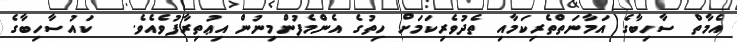
އެމާތް ސާހިބާގެ އަމާނަތްތެރިކަމާއި ތެދުވެރިކަމަށް ހިތުގެ އެންމެފުންމިނުން އިޢުތިރާފުވެއެވެ.   ކައުސާހިބާގެ